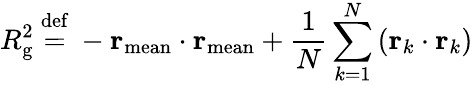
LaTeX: R_{\mathrm{g}}^{2}\ {\stackrel{\mathrm{def}}{=}}\ -\mathbf{r}_{\mathrm{mean}}\cdot\mathbf{r}_{\mathrm{mean}}+{\frac{1}{N}}\sum_{k=1}^{N}\left(\mathbf{r}_{k}\cdot\mathbf{r}_{k}\right)